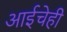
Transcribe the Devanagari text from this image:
आईचेही